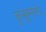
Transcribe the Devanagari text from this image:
कुसुमगंध